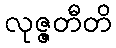
လုဇ္ဇတီတိ